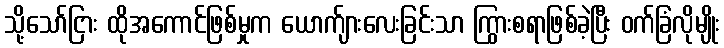
သို့သော်ငြား ထိုအကောင်ဖြစ်မှုက ယောက်ျားလေးခြင်းသာ ကြွားစရာဖြစ်ခဲ့ပြီး ဝက်ခြံလိုမျိုး